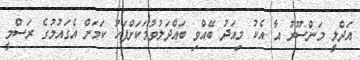
އަދްލީ މަންސޫރު އާ އެކު މިއަދު ބޭއްވި ބައްދަލުވުމަކަށްފަހު ކަމަށް އެގައުމުގެ ރަސްމީ